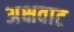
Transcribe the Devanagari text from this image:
अक्षवाट